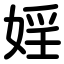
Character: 婬